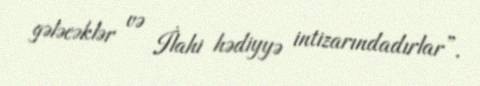
gələcəklər və İlahi hədiyyə intizarındadırlar”.